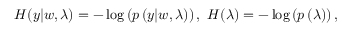
\begin{array} { r } { H ( y | w , \lambda ) = - \log \left( p \left( y | w , \lambda \right) \right) , \ H ( \lambda ) = - \log \left( p \left( \lambda \right) \right) , } \end{array}